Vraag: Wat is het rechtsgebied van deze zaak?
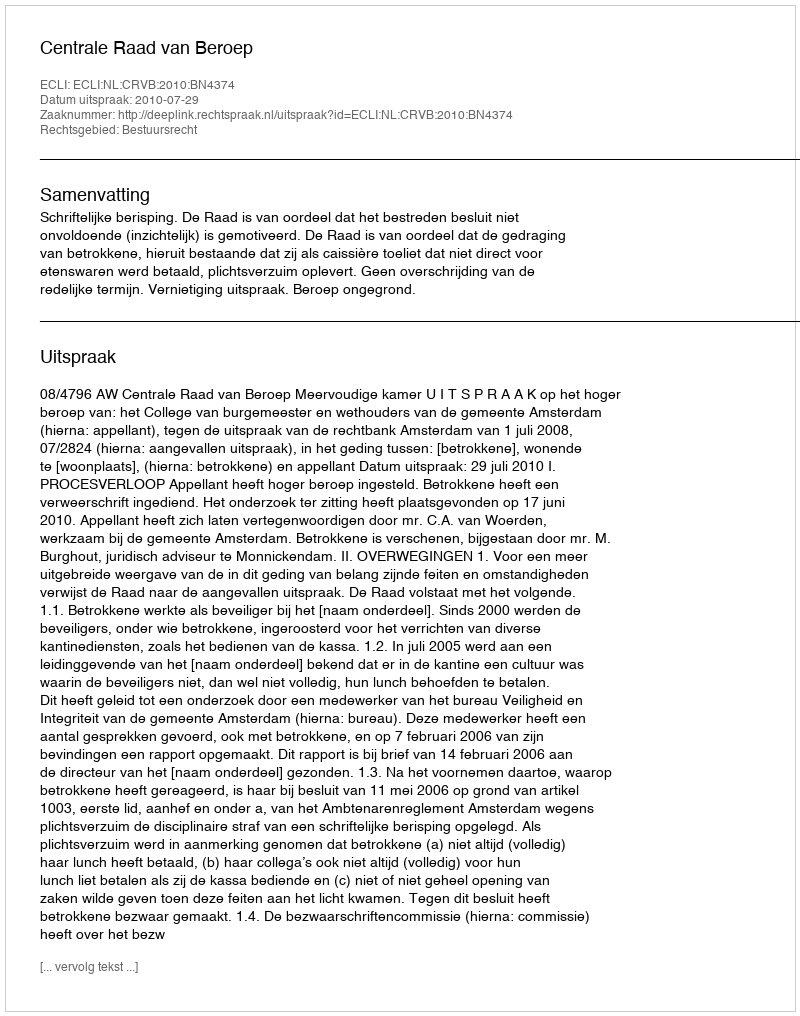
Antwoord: Bestuursrecht